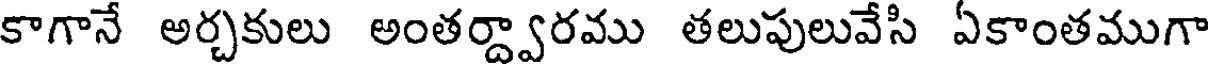
కాగానే అర్చకులు అంతర్ద్వారము తలుపులువేసి ఏకాంతముగా